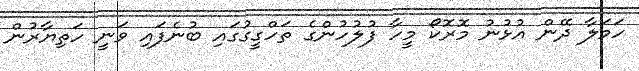
ހަމަލާ ދޭން އުޅުނު މޮރޮކޯ މީހާ ފުލުހުންގެ ތަހްގީގުގައި ބުނެފައި ވަނީ ހަތިޔާރުން